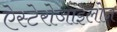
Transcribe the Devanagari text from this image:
ऐस्टेरोजाइलोन